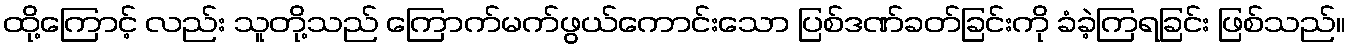
ထို့ကြောင့် လည်း သူတို့သည် ကြောက်မက်ဖွယ်ကောင်းသော ပြစ်ဒဏ်ခတ်ခြင်းကို ခံခဲ့ကြရခြင်း ဖြစ်သည်။